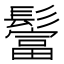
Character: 𩯅